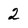
Character: 2